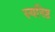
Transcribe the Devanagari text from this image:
स्वनिष्ठ